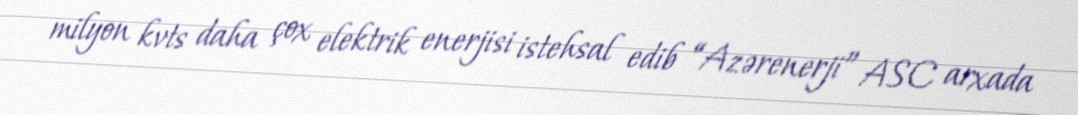
milyon kvts daha çox elektrik enerjisi istehsal edib “Azərenerji” ASC arxada